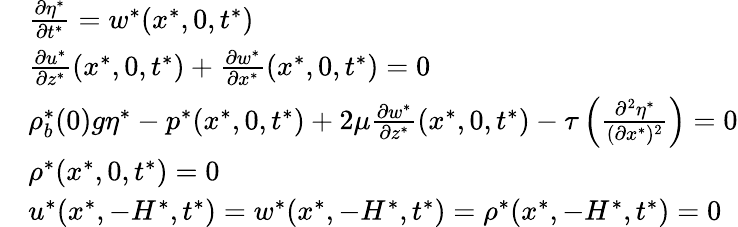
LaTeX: \begin{array}{rl}&{\frac{\partial\eta^{*}}{\partial t^{*}}=w^{*}(x^{*},0,t^{*})}\\ &{\frac{\partial u^{*}}{\partial z^{*}}(x^{*},0,t^{*})+\frac{\partial w^{*}}{\partial x^{*}}(x^{*},0,t^{*})=0}\\ &{\rho_{b}^{*}(0)g\eta^{*}-p^{*}(x^{*},0,t^{*})+2\mu\frac{\partial w^{*}}{\partial z^{*}}(x^{*},0,t^{*})-\tau\left(\frac{\partial^{2}\eta^{*}}{(\partial x^{*})^{2}}\right)=0}\\ &{\rho^{*}(x^{*},0,t^{*})=0}\\ &{u^{*}(x^{*},-H^{*},t^{*})=w^{*}(x^{*},-H^{*},t^{*})=\rho^{*}(x^{*},-H^{*},t^{*})=0}\end{array}